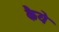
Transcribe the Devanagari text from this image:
कैये